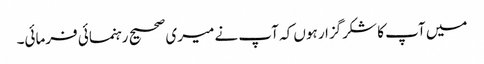
میں آپ کا شکرگزار ہوں کہ آپ نے میری صحیح رہنمائی فرمائی۔